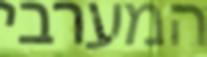
המערבי